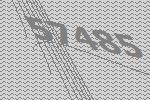
57485